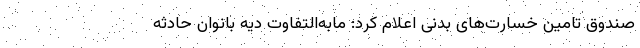
صندوق تامین خسارت‌های بدنی اعلام کرد: مابه‌التفاوت دیه بانوان حادثه